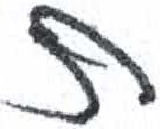
אות: ש